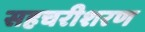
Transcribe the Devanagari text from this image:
सहचरीशरण